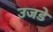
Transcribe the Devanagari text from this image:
उजडे